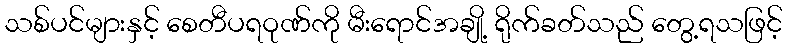
သစ်ပင်များနှင့် စေတီပရဝုဏ်ကို မီးရောင်အချို့ ရိုက်ခတ်သည် တွေ့ရသဖြင့်